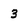
Character: 3